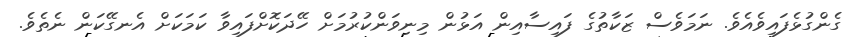
ގެންގުޅެފައިވެއެވެ. ނަމަވެސް ޒަކާތުގެ ފައިސާއިން އަޅުން މިނިވަންކުރުމަށް ހޭދަކޮށްފައިވާ ކަމަކަށް އެނގޭކަން ނެތެވެ.